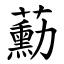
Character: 蘍